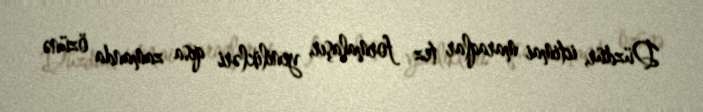
Düzdür, ictimai maraqlar tez formalaşır, yenilikləri qısa zamanda özünə